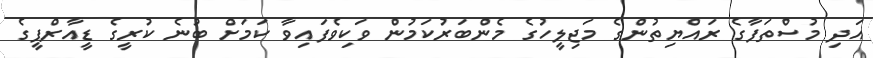
އަދި މުސްތަފާގެ ރައްޔިތުންގެ މަޖިލީހުގެ މެންބަރުކަމުން ވަކިވެފައިވާ ކަމަށް ބުނެ ކުރީގެ ޑީއާރްޕީގެ